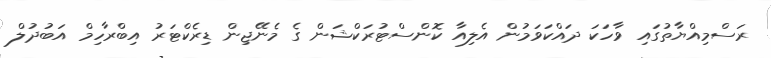
ރަސްމިއްޔާތުގައި ވާހަކަ ދައްކަވަމުން އެލިއާ ކޮންސްޓުރަކްޝަން ގެ މެނޭޖިން ޑިރެކްޓަރު އިބްރާހިމް އަބުދުލް